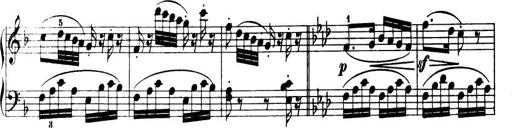
Title: 32 Sonatinas and Rondos for the Piano
Composer: Richard Kleinmichel